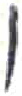
אות: ו